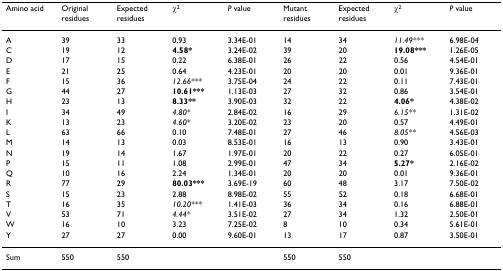
<table><thead><tr><td><b>Amino acid</b></td><td><b>Original residues</b></td><td><b>Expected residues</b></td><td><b>χ<sup>2</sup></b></td><td><b><i>P </i>value</b></td><td><b>Mutant residues</b></td><td><b>Expected residues</b></td><td><b>χ<sup>2</sup></b></td><td><b><i>P </i>value</b></td></tr></thead><tbody><tr><td>A</td><td>39</td><td>33</td><td>0.93</td><td>3.34E-01</td><td>14</td><td>34</td><td><i>11.49***</i></td><td>6.98E-04</td></tr><tr><td>C</td><td>19</td><td>12</td><td><b>4.58*</b></td><td>3.24E-02</td><td>39</td><td>20</td><td><b>19.08***</b></td><td>1.26E-05</td></tr><tr><td>D</td><td>17</td><td>15</td><td>0.22</td><td>6.38E-01</td><td>26</td><td>22</td><td>0.56</td><td>4.54E-01</td></tr><tr><td>E</td><td>21</td><td>25</td><td>0.64</td><td>4.23E-01</td><td>20</td><td>20</td><td>0.01</td><td>9.36E-01</td></tr><tr><td>F</td><td>15</td><td>36</td><td><i>12.66***</i></td><td>3.75E-04</td><td>24</td><td>22</td><td>0.11</td><td>7.43E-01</td></tr><tr><td>G</td><td>44</td><td>27</td><td><b>10.61***</b></td><td>1.13E-03</td><td>27</td><td>32</td><td>0.86</td><td>3.54E-01</td></tr><tr><td>H</td><td>23</td><td>13</td><td><b>8.33**</b></td><td>3.90E-03</td><td>32</td><td>22</td><td><b>4.06*</b></td><td>4.38E-02</td></tr><tr><td>I</td><td>34</td><td>49</td><td><i>4.80*</i></td><td>2.84E-02</td><td>16</td><td>29</td><td><i>6.15**</i></td><td>1.31E-02</td></tr><tr><td>K</td><td>13</td><td>23</td><td><i>4.60*</i></td><td>3.20E-02</td><td>23</td><td>20</td><td>0.57</td><td>4.49E-01</td></tr><tr><td>L</td><td>63</td><td>66</td><td>0.10</td><td>7.48E-01</td><td>27</td><td>46</td><td><i>8.05**</i></td><td>4.56E-03</td></tr><tr><td>M</td><td>14</td><td>13</td><td>0.03</td><td>8.53E-01</td><td>16</td><td>13</td><td>0.90</td><td>3.43E-01</td></tr><tr><td>N</td><td>19</td><td>14</td><td>1.67</td><td>1.97E-01</td><td>20</td><td>22</td><td>0.27</td><td>6.05E-01</td></tr><tr><td>P</td><td>15</td><td>11</td><td>1.08</td><td>2.99E-01</td><td>47</td><td>34</td><td><b>5.27*</b></td><td>2.16E-02</td></tr><tr><td>Q</td><td>10</td><td>16</td><td>2.24</td><td>1.34E-01</td><td>20</td><td>20</td><td>0.01</td><td>9.36E-01</td></tr><tr><td>R</td><td>77</td><td>29</td><td><b>80.03***</b></td><td>3.69E-19</td><td>60</td><td>48</td><td>3.17</td><td>7.50E-02</td></tr><tr><td>S</td><td>15</td><td>23</td><td>2.88</td><td>8.98E-02</td><td>55</td><td>52</td><td>0.18</td><td>6.68E-01</td></tr><tr><td>T</td><td>16</td><td>35</td><td><i>10.20***</i></td><td>1.41E-03</td><td>36</td><td>34</td><td>0.16</td><td>6.88E-01</td></tr><tr><td>V</td><td>53</td><td>71</td><td><i>4.44*</i></td><td>3.51E-02</td><td>27</td><td>34</td><td>1.32</td><td>2.50E-01</td></tr><tr><td>W</td><td>16</td><td>10</td><td>3.23</td><td>7.25E-02</td><td>8</td><td>10</td><td>0.34</td><td>5.61E-01</td></tr><tr><td>Y</td><td>27</td><td>27</td><td>0.00</td><td>9.60E-01</td><td>13</td><td>17</td><td>0.87</td><td>3.50E-01</td></tr><tr><td>Sum</td><td>550</td><td>550</td><td></td><td></td><td>550</td><td>550</td><td></td><td></td></tr></tbody></table>